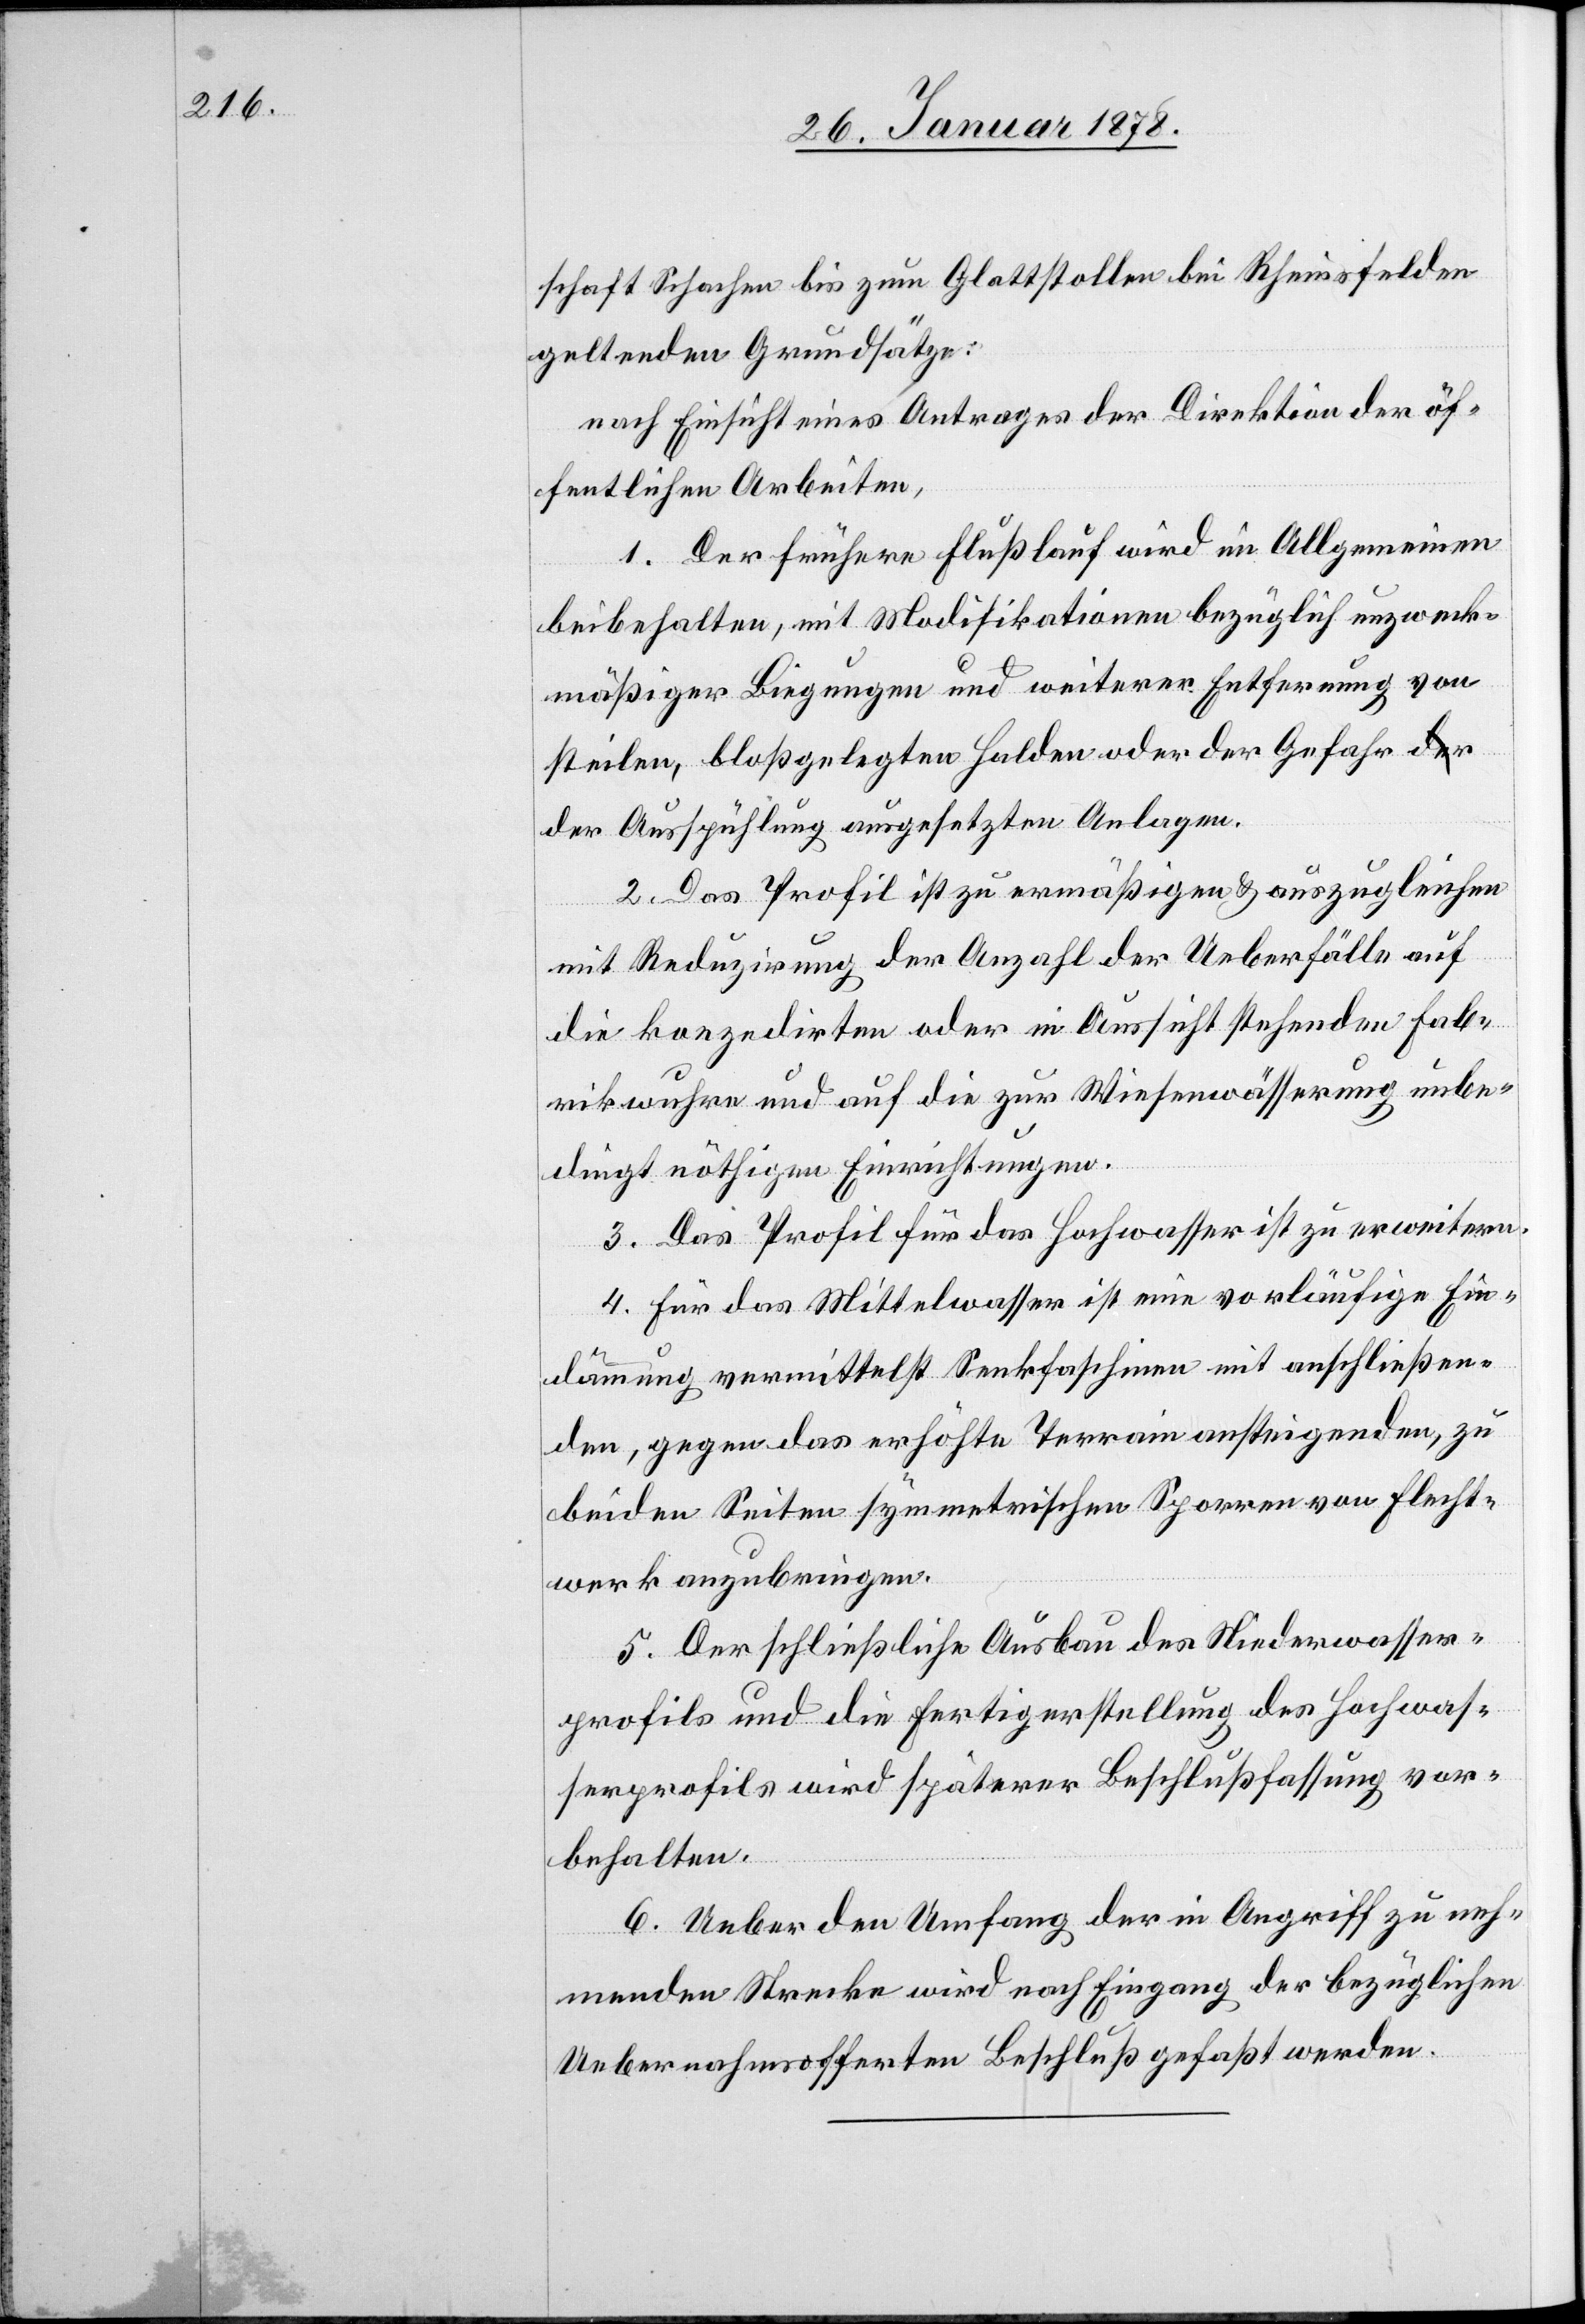
schaft Schachen bis zum Glattstollen bei Rheinsfelden
geltenden Grundsätze:
nach Einsicht eines Antrages der Direktion der öf¬
fentlichen Arbeiten,
1. Der frühere Flusslauf wird im Allgemeinen
beibehalten, mit Modifikationen bezüglich unzweck¬
mäßiger Biegungen und weiterer Entfernung von
steilen, bloßgelegten Halden oder der Gefahr de¬
r Ausspühlung ausgesetzten Anlagen.
2. Das Profil ist zu ermäßigen & auszugleichen
mit Reduzirung der Anzahl der Ueberfälle auf
die konzedirten oder in Aussicht stehenden Fab¬
rikwuhre und auf die zur Wiesenwässerung unbe¬
dingt nöthigen Einrichtungen.
3. Das Profil für das Hochwasser ist zu erweitern.
4. Für das Mittelwasser ist eine vorläufige Ein¬
dämmung vermittelst Senkfaschinen mit anschließen¬
den, gegen das erhöhte Terrain ansteigenden, zu
beiden Seiten symmetrischen Sporren von Flucht¬
werk anzubringen.
5. Der schließliche Ausbau des Niederwasser¬
profils und die Fertigerstellung des Hochwas¬
serprofils wird späterer Beschlussfassung vor¬
behalten.
6. Ueber den Umfang der in Angriff zu neh¬
menden Strecke wird nach Eingang der bezüglichen
Uebernahmsofferten Beschluß gefaßt werden.